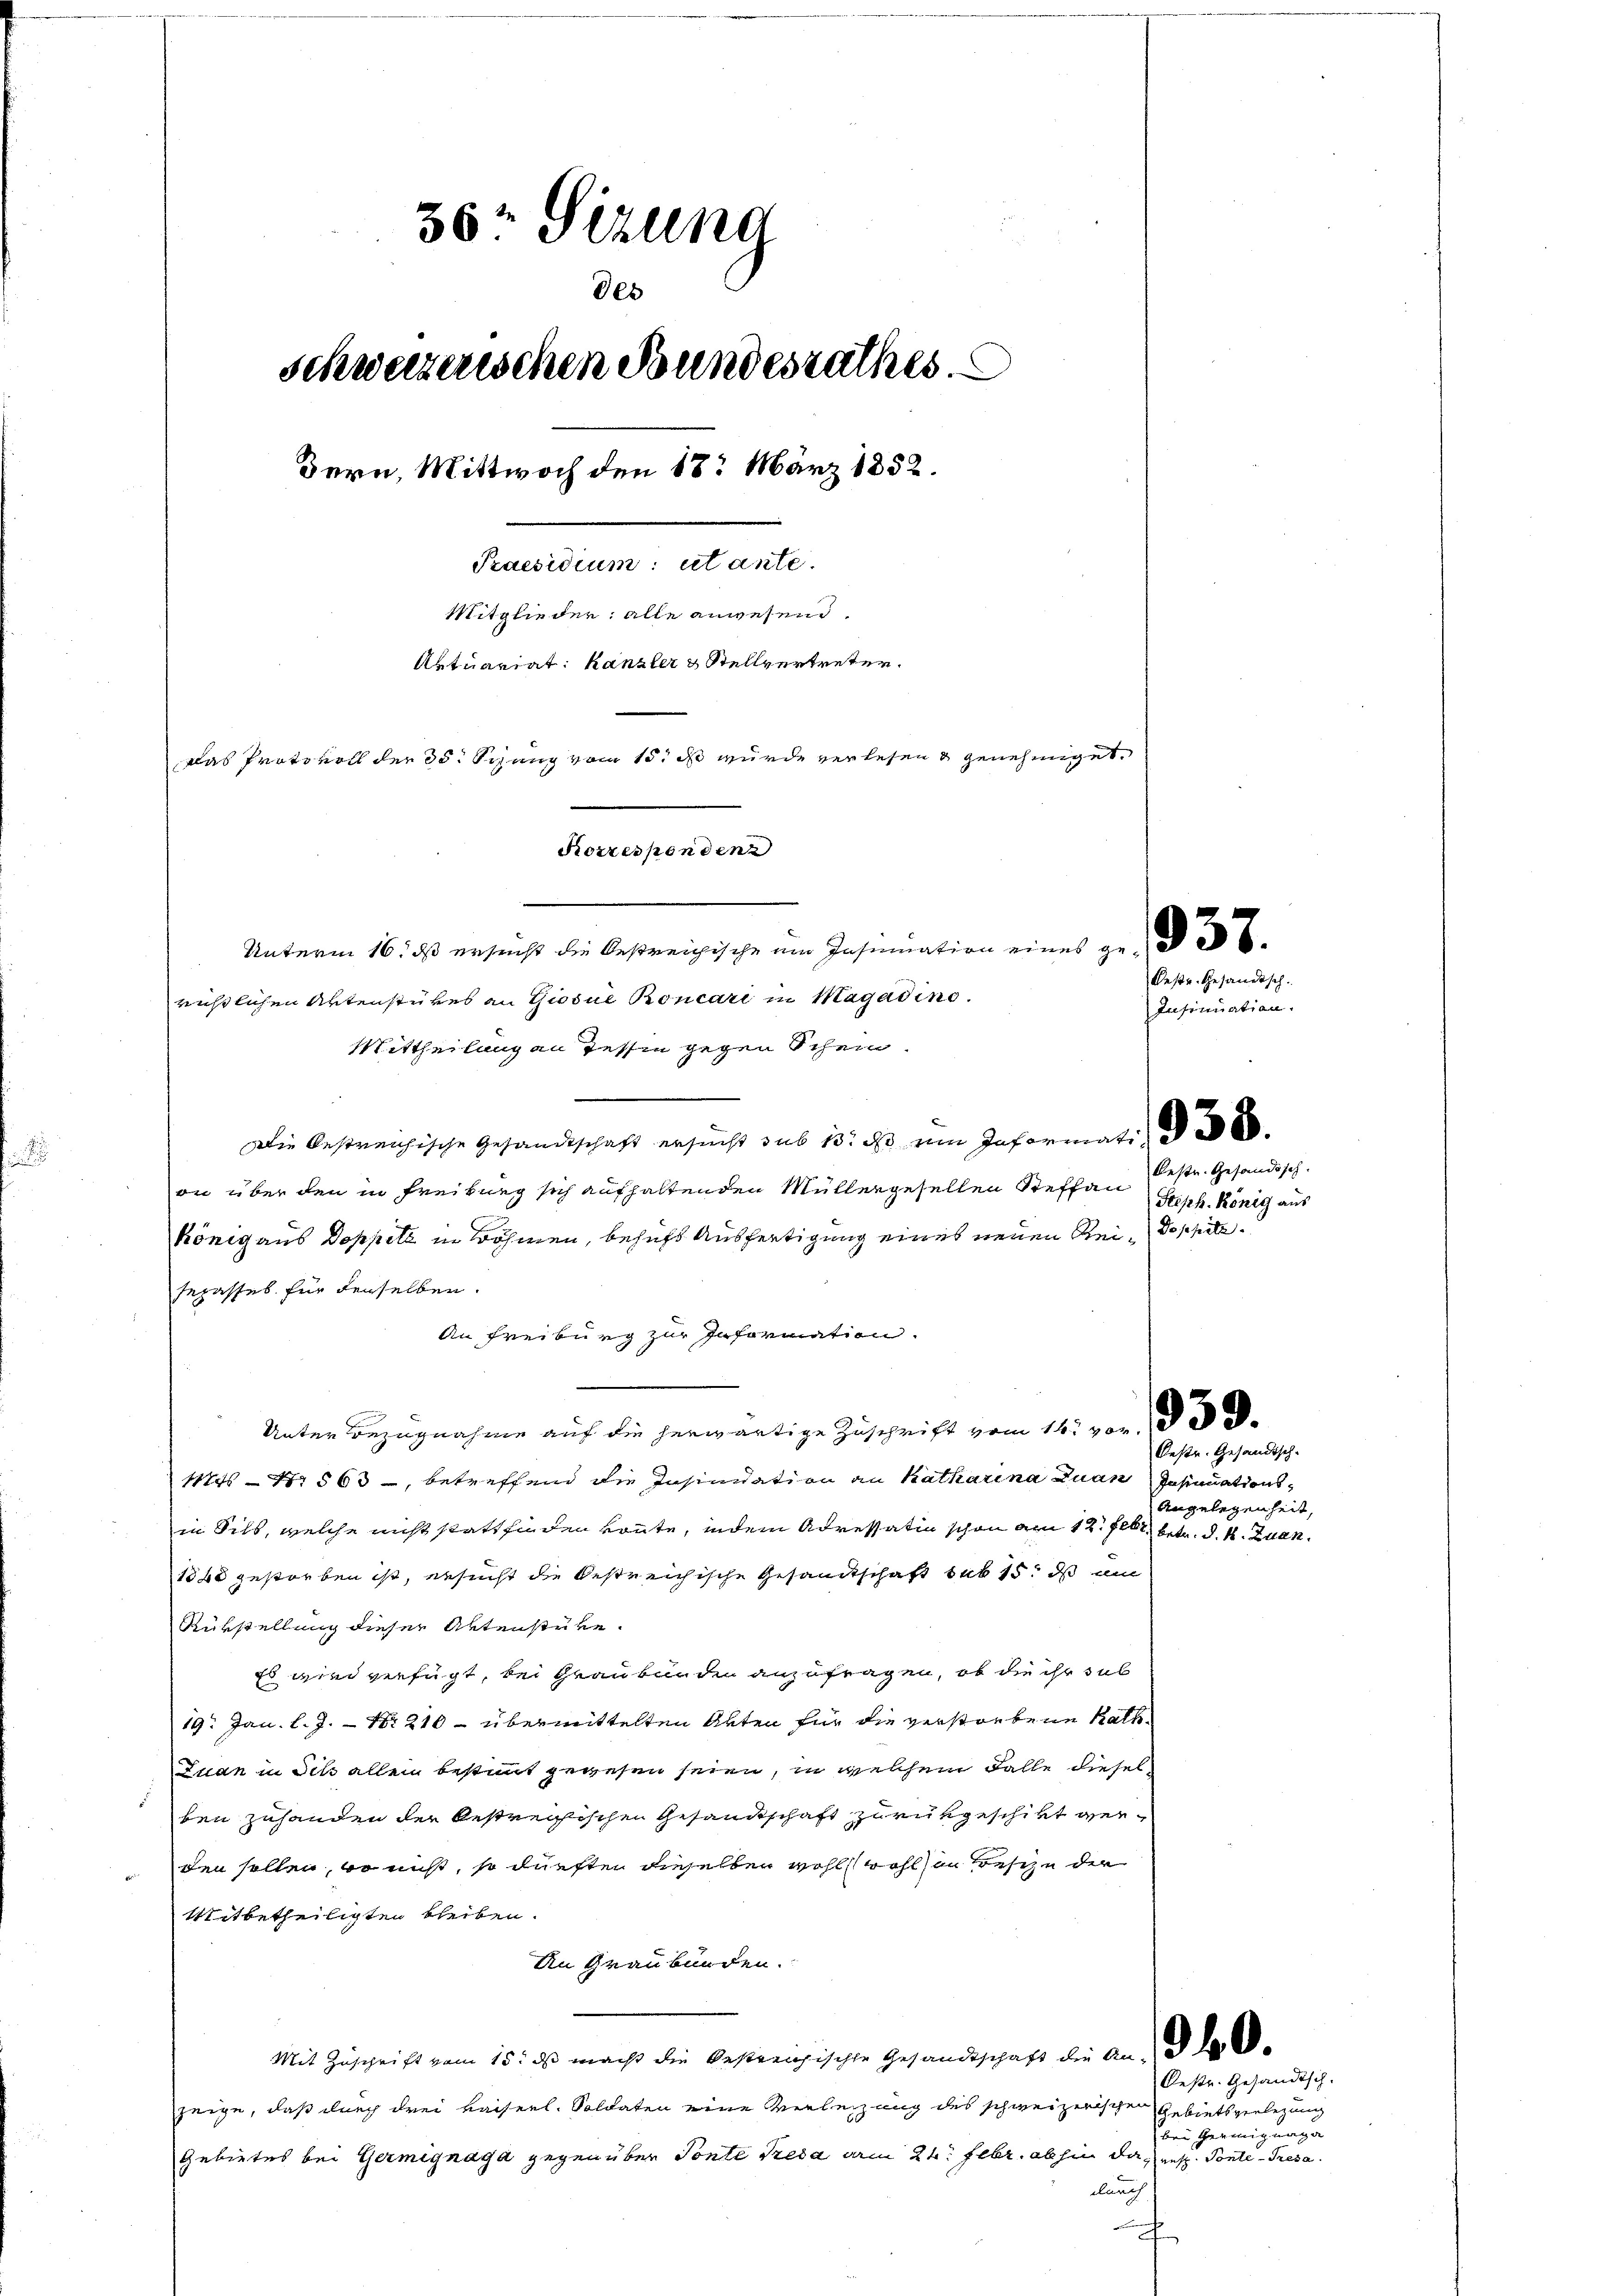
36 Sizung
Des
schweizerischen Bundesrathes.
Bern, Mittwoch den 18. März 1852.
Praesidium: utante.
Mitglieder: alle anwesend.
Aktuariat: Kanzler & Stellvertreter.
Das Protokoll der 30 Spung vom 15. ds wurde verlesen & genehmiget,
Korrespondenz
Unterm 16. ds ersucht die bestreichische am Insumation eines ge- 36.

richtlichen Aktenstükes an Giosue Roncari in Magadino.
Mittheilung an Tessin gegen Schein.
Die bestreichische Gesandtschaft ersucht sub 13. ds ein Informati
on über den in Freiburg sich aufhaltenden Müllergesellen Steffan
könig aus Doppetz in Böhmen, behufs Ausfertigung eines neuen Rei¬ Doppelesepasses für derselben.
An Freiburg zur Information.
Unter Bezugnahme auf die herwärtige Zuschrift vom 14. vor, da d
1124 - N. 563, betreffend die Insinuation an Katharina Juan Insinuationsin Sils, welche nicht stattfinden könnte, indem Adressatio schon am 12. Febr. betr. d. 4. Zuan¬
1888 gestorben ist, ersucht die bestreichische Gesandtschaft sub 15. ds am
Rükstellung dieser Aktenstüre.
Es wird verfügt, bei Graubünde anzufragen, ob die ihr sub
19. Jan. l. J. - Nr. 210 - übermittelten Akten für die verstorbene Rath¬
Juan in Sitz allein bestimmt gewesen seien, in welchem Falle dieselben zuhanden der bestreifischen Gesandtschaft zurükgeschikt werden sollen, wo nicht, so dürften dieselben wohl wohl in Besize der
Mitbetheiligten bleiben.
An Graubünden.
Mit Zuschrift vom 15. ds macht die bestreichischte Gesandtschaft die Andel
zeige, daß durch drei Kaiserl. Soldaten eine Verleihung des schweizerischen Gebietsverlegung
Gebietes bei Germignaga gegen über Tonte Preda am 24. Febr. abhin da unst. Ponte - Tresa
durch
¬

Bestr. Gesandtsch.
Insinuation.

beste. Gesandtsch
Steph. König aus

Oestr. Gesandtsch-
Angelegenheit,

Oestr. Gesandtsch-
bei Geeinigunge